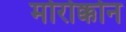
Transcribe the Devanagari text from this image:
मोरोक्कोन